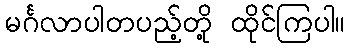
မင်္ဂလာပါတပည့်တို့ ထိုင်ကြပါ။